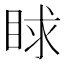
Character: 𥆿